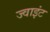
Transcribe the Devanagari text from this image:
ज्‍वाइंट